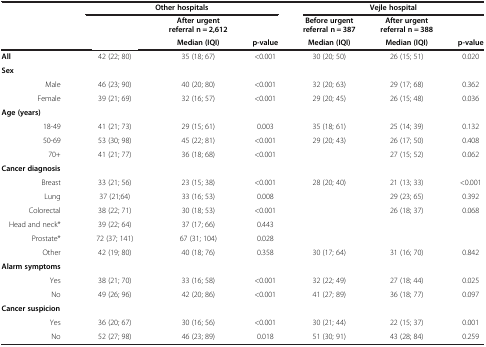
<table><thead><tr><td rowspan="3">[EMPTY_CELL]</td><td colspan="3"><b>Other hospitals</b></td><td colspan="3"><b>Vejle hospital</b></td></tr><tr><td>[EMPTY_CELL]</td><td><b>After urgent referral n = 2,612</b></td><td>[EMPTY_CELL]</td><td><b>Before urgent referral n = 387</b></td><td><b>After urgent referral n = 388</b></td><td>[EMPTY_CELL]</td></tr><tr><td>[EMPTY_CELL]</td><td><b>Median (IQI)</b></td><td><b>p-value</b></td><td><b>Median (IQI)</b></td><td><b>Median (IQI)</b></td><td><b>p-value</b></td></tr></thead><tbody><tr><td><b>All</b></td><td>42 (22; 80)</td><td>35 (18; 67)</td><td>&lt;0.001</td><td>30 (20; 50)</td><td>26 (15; 51)</td><td>0.020</td></tr><tr><td><b>Sex</b></td><td>[EMPTY_CELL]</td><td>[EMPTY_CELL]</td><td>[EMPTY_CELL]</td><td>[EMPTY_CELL]</td><td>[EMPTY_CELL]</td><td>[EMPTY_CELL]</td></tr><tr><td>Male</td><td>46 (23; 90)</td><td>40 (20; 80)</td><td>&lt;0.001</td><td>32 (20; 63)</td><td>29 (17; 68)</td><td>0.362</td></tr><tr><td>Female</td><td>39 (21; 69)</td><td>32 (16; 57)</td><td>&lt;0.001</td><td>29 (20; 45)</td><td>26 (15; 48)</td><td>0.036</td></tr><tr><td><b>Age (years)</b></td><td>[EMPTY_CELL]</td><td>[EMPTY_CELL]</td><td>[EMPTY_CELL]</td><td>[EMPTY_CELL]</td><td>[EMPTY_CELL]</td><td>[EMPTY_CELL]</td></tr><tr><td>18-49</td><td>41 (21; 73)</td><td>29 (15; 61)</td><td>0.003</td><td>35 (18; 61)</td><td>25 (14; 39)</td><td>0.132</td></tr><tr><td>50-69</td><td>53 (30; 98)</td><td>45 (22; 81)</td><td>&lt;0.001</td><td>29 (20; 43)</td><td>26 (17; 50)</td><td>0.408</td></tr><tr><td>70+</td><td>41 (21; 77)</td><td>36 (18; 68)</td><td>&lt;0.001</td><td>[EMPTY_CELL]</td><td>27 (15; 52)</td><td>0.062</td></tr><tr><td><b>Cancer diagnosis</b></td><td>[EMPTY_CELL]</td><td>[EMPTY_CELL]</td><td>[EMPTY_CELL]</td><td>[EMPTY_CELL]</td><td>[EMPTY_CELL]</td><td>[EMPTY_CELL]</td></tr><tr><td>Breast</td><td>33 (21; 56)</td><td>23 (15; 38)</td><td>&lt;0.001</td><td>28 (20; 40)</td><td>21 (13; 33)</td><td>&lt;0.001</td></tr><tr><td>Lung</td><td>37 (21;64)</td><td>33 (16; 53)</td><td>0.008</td><td>[EMPTY_CELL]</td><td>29 (23; 65)</td><td>0.392</td></tr><tr><td>Colorectal</td><td>38 (22; 71)</td><td>30 (18; 53)</td><td>&lt;0.001</td><td>[EMPTY_CELL]</td><td>26 (18; 37)</td><td>0.068</td></tr><tr><td>Head and neck*</td><td>39 (22; 64)</td><td>37 (17; 66)</td><td>0.443</td><td>[EMPTY_CELL]</td><td>[EMPTY_CELL]</td><td>[EMPTY_CELL]</td></tr><tr><td>Prostate*</td><td>72 (37; 141)</td><td>67 (31; 104)</td><td>0.028</td><td>[EMPTY_CELL]</td><td>[EMPTY_CELL]</td><td>[EMPTY_CELL]</td></tr><tr><td>Other</td><td>42 (19; 80)</td><td>40 (18; 76)</td><td>0.358</td><td>30 (17; 64)</td><td>31 (16; 70)</td><td>0.842</td></tr><tr><td><b>Alarm symptoms</b></td><td>[EMPTY_CELL]</td><td>[EMPTY_CELL]</td><td>[EMPTY_CELL]</td><td>[EMPTY_CELL]</td><td>[EMPTY_CELL]</td><td>[EMPTY_CELL]</td></tr><tr><td>Yes</td><td>38 (21; 70)</td><td>33 (16; 58)</td><td>&lt;0.001</td><td>32 (22; 49)</td><td>27 (18; 44)</td><td>0.025</td></tr><tr><td>No</td><td>49 (26; 96)</td><td>42 (20; 86)</td><td>&lt;0.001</td><td>41 (27; 89)</td><td>36 (18; 77)</td><td>0.097</td></tr><tr><td><b>Cancer suspicion</b></td><td>[EMPTY_CELL]</td><td>[EMPTY_CELL]</td><td>[EMPTY_CELL]</td><td>[EMPTY_CELL]</td><td>[EMPTY_CELL]</td><td>[EMPTY_CELL]</td></tr><tr><td>Yes</td><td>36 (20; 67)</td><td>30 (16; 56)</td><td>&lt;0.001</td><td>30 (21; 44)</td><td>22 (15; 37)</td><td>0.001</td></tr><tr><td>No</td><td>52 (27; 98)</td><td>46 (23; 89)</td><td>0.018</td><td>51 (30; 91)</td><td>43 (28; 84)</td><td>0.259</td></tr></tbody></table>